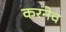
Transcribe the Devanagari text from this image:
करनेव